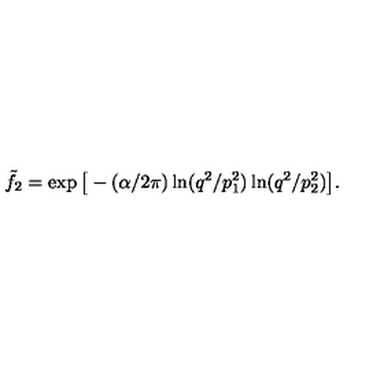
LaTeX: \tilde { f } _ { 2 } = \exp \big [ - ( \alpha / 2 \pi ) \ln ( q ^ { 2 } / p _ { 1 } ^ { 2 } ) \ln ( q ^ { 2 } / p _ { 2 } ^ { 2 } ) \big ] .